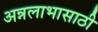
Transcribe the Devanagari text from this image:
अन्नलाभासाठी